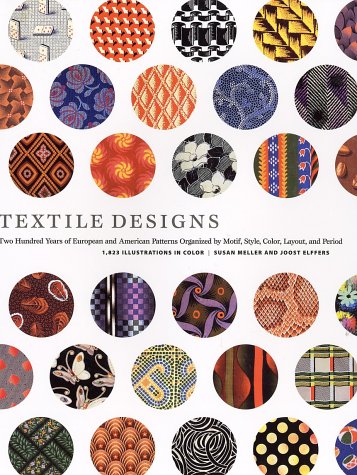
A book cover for Textile Designs: Two Hundred Years of European and American Patterns Organized by Motif, Style, Color, Layout, and Period; Susan Meller; Crafts, Hobbies & Home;